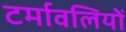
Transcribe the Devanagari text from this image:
टर्मावलियों